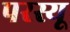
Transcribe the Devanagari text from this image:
परस्यू